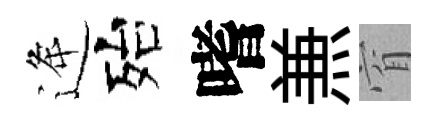
逄殆嗜𠔥窅